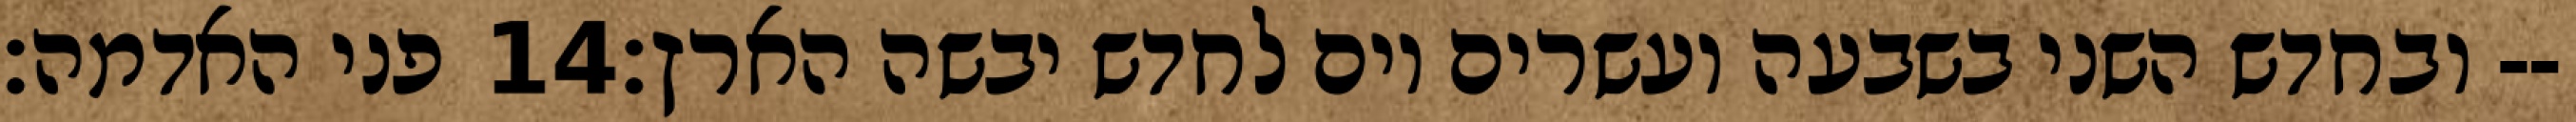
פני האדמה׃ ‎14‏ ובחדש השני בשבעה ועשרים יום לחדש יבשה הארץ׃--